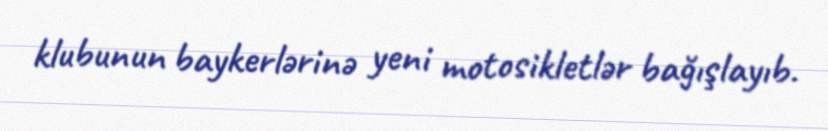
klubunun baykerlərinə yeni motosikletlər bağışlayıb.